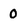
Character: 0